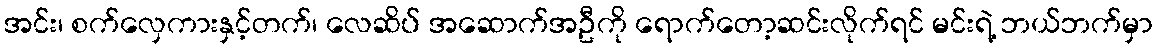
အင်း၊ စက်လှေကားနှင့်တက်၊ လေဆိပ် အဆောက်အဦကို ရောက်တော့ဆင်းလိုက်ရင် မင်းရဲ့ ဘယ်ဘက်မှာ